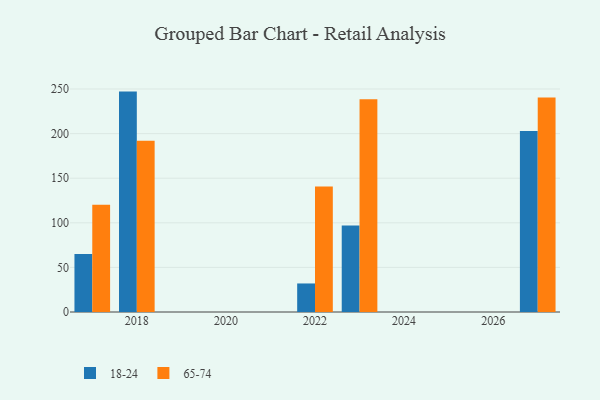
{"axis": {"x": "Year", "y": "Budget (USD K)"}, "legend": ["18-24", "65-74"], "data": [{"x": "2027", "y": 202.8, "type": "18-24"}, {"x": "2027", "y": 240.6, "type": "65-74"}, {"x": "2018", "y": 247.1, "type": "18-24"}, {"x": "2018", "y": 192.0, "type": "65-74"}, {"x": "2023", "y": 97.0, "type": "18-24"}, {"x": "2023", "y": 238.5, "type": "65-74"}, {"x": "2022", "y": 32.0, "type": "18-24"}, {"x": "2022", "y": 140.6, "type": "65-74"}, {"x": "2017", "y": 65.0, "type": "18-24"}, {"x": "2017", "y": 120.3, "type": "65-74"}]}